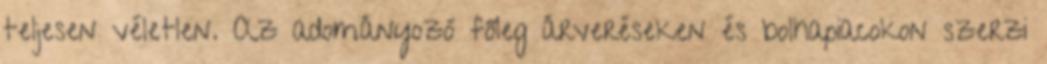
teljesen véletlen. Az adományozó főleg árveréseken és bolhapiacokon szerzi